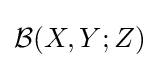
{\mathcal {B}}(X,Y;Z)